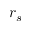
r _ { s }